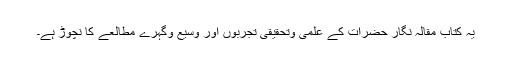
یہ کتاب مقالہ نگار حضرات کے علمی وتحقیقی تجربوں اور وسیع وگہرے مطالعے کا نچوڑ ہے۔